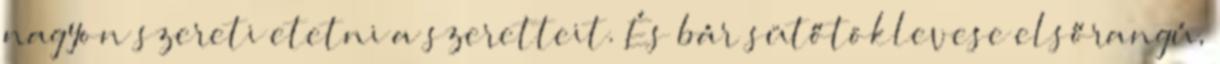
nagyon szereti etetni a szeretteit. És bár sütőtöklevese elsőrangú,